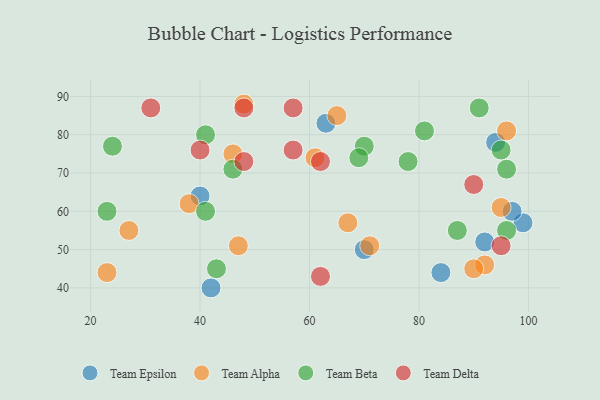
{"axis": {"x": "GDP", "y": "Life Expectancy"}, "legend": ["Team Alpha", "Team Beta", "Team Delta", "Team Epsilon"], "data": [{"x": "84", "y": 44, "type": "Team Epsilon"}, {"x": "99", "y": 57, "type": "Team Epsilon"}, {"x": "40", "y": 64, "type": "Team Epsilon"}, {"x": "63", "y": 83, "type": "Team Epsilon"}, {"x": "94", "y": 78, "type": "Team Epsilon"}, {"x": "42", "y": 40, "type": "Team Epsilon"}, {"x": "70", "y": 50, "type": "Team Epsilon"}, {"x": "97", "y": 60, "type": "Team Epsilon"}, {"x": "92", "y": 52, "type": "Team Epsilon"}, {"x": "65", "y": 85, "type": "Team Alpha"}, {"x": "67", "y": 57, "type": "Team Alpha"}, {"x": "48", "y": 88, "type": "Team Alpha"}, {"x": "95", "y": 61, "type": "Team Alpha"}, {"x": "47", "y": 51, "type": "Team Alpha"}, {"x": "96", "y": 81, "type": "Team Alpha"}, {"x": "71", "y": 51, "type": "Team Alpha"}, {"x": "61", "y": 74, "type": "Team Alpha"}, {"x": "27", "y": 55, "type": "Team Alpha"}, {"x": "46", "y": 75, "type": "Team Alpha"}, {"x": "38", "y": 62, "type": "Team Alpha"}, {"x": "23", "y": 44, "type": "Team Alpha"}, {"x": "92", "y": 46, "type": "Team Alpha"}, {"x": "90", "y": 45, "type": "Team Alpha"}, {"x": "95", "y": 76, "type": "Team Beta"}, {"x": "70", "y": 77, "type": "Team Beta"}, {"x": "41", "y": 80, "type": "Team Beta"}, {"x": "46", "y": 71, "type": "Team Beta"}, {"x": "41", "y": 60, "type": "Team Beta"}, {"x": "87", "y": 55, "type": "Team Beta"}, {"x": "24", "y": 77, "type": "Team Beta"}, {"x": "43", "y": 45, "type": "Team Beta"}, {"x": "91", "y": 87, "type": "Team Beta"}, {"x": "96", "y": 71, "type": "Team Beta"}, {"x": "69", "y": 74, "type": "Team Beta"}, {"x": "78", "y": 73, "type": "Team Beta"}, {"x": "23", "y": 60, "type": "Team Beta"}, {"x": "81", "y": 81, "type": "Team Beta"}, {"x": "96", "y": 55, "type": "Team Beta"}, {"x": "48", "y": 87, "type": "Team Delta"}, {"x": "62", "y": 73, "type": "Team Delta"}, {"x": "48", "y": 73, "type": "Team Delta"}, {"x": "90", "y": 67, "type": "Team Delta"}, {"x": "40", "y": 76, "type": "Team Delta"}, {"x": "57", "y": 87, "type": "Team Delta"}, {"x": "62", "y": 43, "type": "Team Delta"}, {"x": "57", "y": 76, "type": "Team Delta"}, {"x": "95", "y": 51, "type": "Team Delta"}, {"x": "31", "y": 87, "type": "Team Delta"}]}